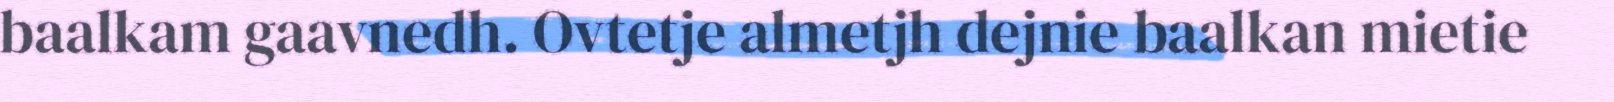
baalkam gaavnedh. Ovtetje almetjh dejnie baalkan mietie